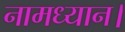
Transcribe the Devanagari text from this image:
नामध्यान।